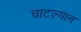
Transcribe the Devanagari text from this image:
चाटल्यान